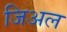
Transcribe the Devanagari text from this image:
जिअल